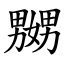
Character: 嬲